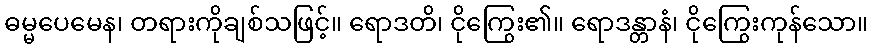
ဓမ္မပေမေန၊ တရားကိုချစ်သဖြင့်။ ရောဒတိ၊ ငိုကြွေး၏။ ရောဒန္တာနံ၊ ငိုကြွေးကုန်သော။